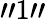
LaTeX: "1"